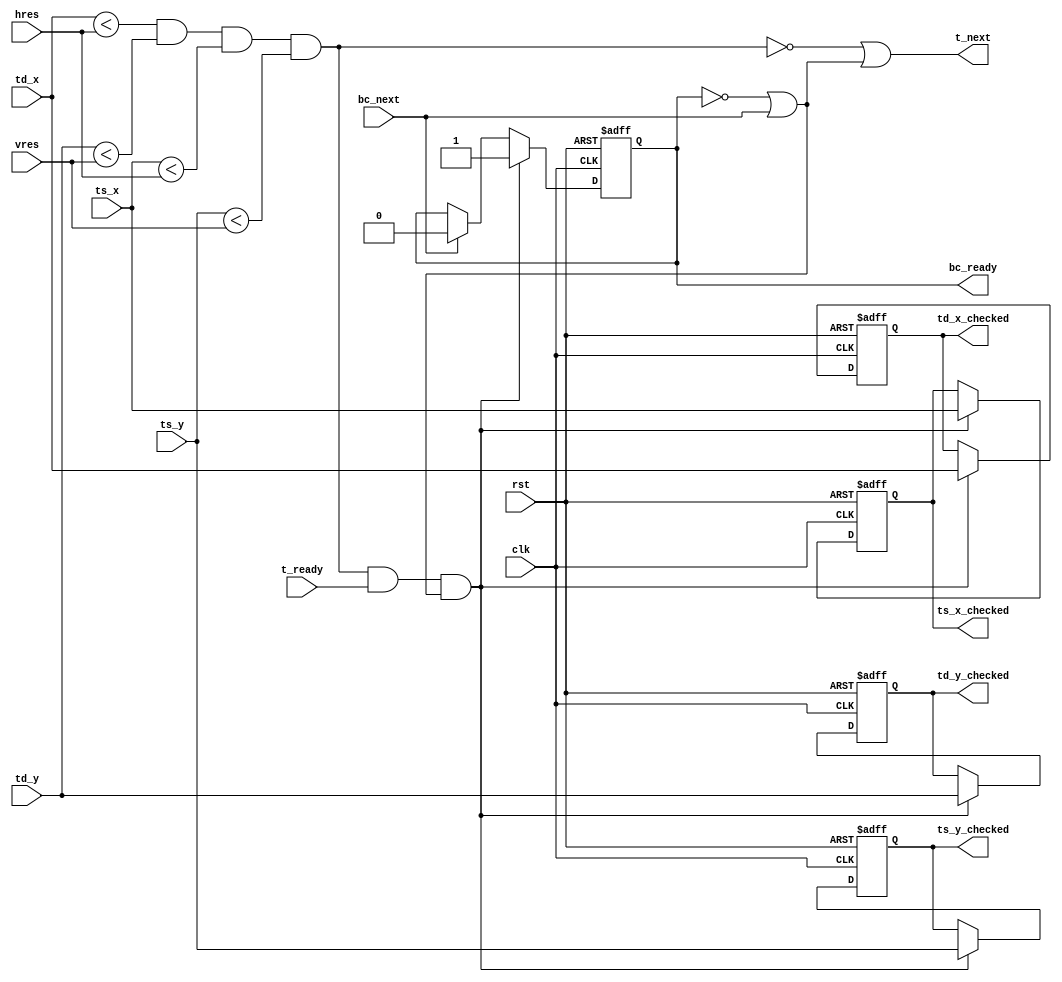
/*
 * Image warping and decay, boundary check
 * Copyright (C) 2008 Sebastien Bourdeauducq - http://lekernel.net
 * This file is part of Milkymist.
 *
 * Milkymist is free software; you can redistribute it and/or modify it
 * under the terms of the GNU Library General Public License as published
 * by the Free Software Foundation; either version 2, or (at your option)
 * any later version.
 *
 * This program is distributed in the hope that it will be useful,
 * but WITHOUT ANY WARRANTY; without even the implied warranty of
 * MERCHANTABILITY or FITNESS FOR A PARTICULAR PURPOSE.  See the GNU
 * Library General Public License for more details.
 *
 * You should have received a copy of the GNU Library General Public
 * License along with this program; if not, write to the Free Software
 * Foundation, Inc., 51 Franklin Street, Fifth Floor, Boston, MA 02110-1301,
 * USA.
 */

module boundarycheck(
	input clk,
	input rst,
	
	input [10:0] hres,
	input [10:0] vres,
	
	input [10:0] td_x,
	input [10:0] td_y,
	input [10:0] ts_x,
	input [10:0] ts_y,
	input t_ready,
	output t_next,
	
	output reg [10:0] td_x_checked,
	output reg [10:0] td_y_checked,
	output reg [10:0] ts_x_checked,
	output reg [10:0] ts_y_checked,
	output reg bc_ready,
	input bc_next
);

wire passed;
assign passed = (td_x < hres) & (td_y < vres) & (ts_x < hres) & (ts_y < vres);

assign t_next = ~passed | (~bc_ready | bc_next);

always @(posedge rst or posedge clk) begin
	if(rst) begin
		td_x_checked <= 0;
		td_y_checked <= 0;
		ts_x_checked <= 0;
		ts_y_checked <= 0;
		bc_ready <= 0;
	end else begin
		if(passed & t_ready & (~bc_ready | bc_next)) begin
			td_x_checked <= td_x;
			td_y_checked <= td_y;
			ts_x_checked <= ts_x;
			ts_y_checked <= ts_y;
			bc_ready <= 1;
		end else
			if(bc_next) bc_ready <= 0;
	end
end

endmodule